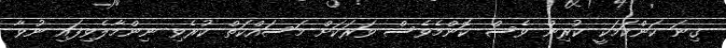
ގިނަ ކަންކަމަކީ ކުރިން ވެސް ކޮންމެވެސް ވަރަކަށް މަސައްކަތް ކުރެވި ނިންމާލެވިފައި ނުވާ